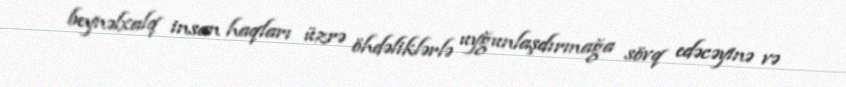
beynəlxalq insan haqları üzrə öhdəliklərlə uyğunlaşdırmağa sövq edəcəyinə və